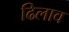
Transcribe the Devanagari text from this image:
ढिलाव